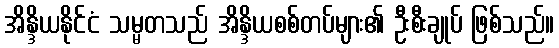
အိန္ဒိယနိုင်ငံ သမ္မတသည် အိန္ဒိယစစ်တပ်များ၏ ဦးစီးချုပ် ဖြစ်သည်။